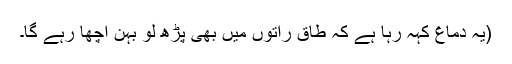
(یہ دماغ کہہ رہا ہے کہ طاق راتوں میں بھی پڑھ لو بہن اچھا رہے گا۔